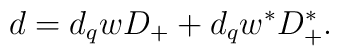
d=d_{q}w D_{+}+d_{q}w^{\ast}D_{+}^{\ast} .